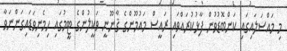
މި މައްސަލައިގައި ކަންބޮޑުވުން ފާޅުކުރައްވައި ރައީސް މައުމޫންގެ ޤާނޫނީ ވަކީލުންގެ ޓީމުގައި ހިމެނިވަޑައިގަންނަވާ